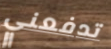
تدفعني